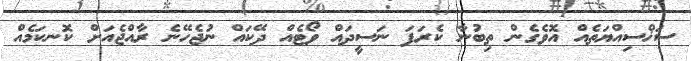
ސަޚްސިއްޔަތެއް އޮވެގެން ތިބުނާ ކެރަފަ ނަސީދައް ވޯޓެއް ދޭކައް ނުޖެހޭނެ ރާއްޖެއަށް ކޮނކަމެއް